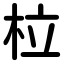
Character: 柆